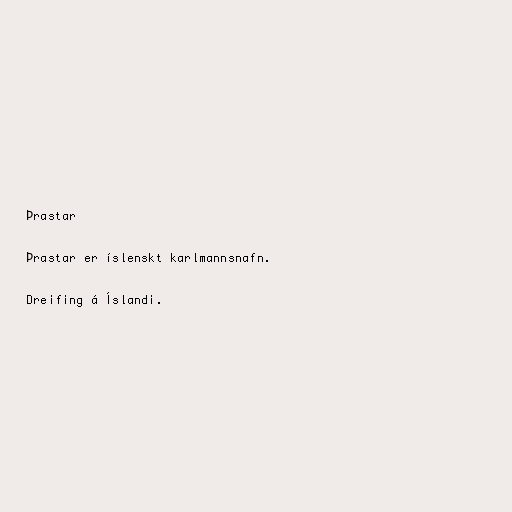
Þrastar

Þrastar er íslenskt karlmannsnafn.

Dreifing á Íslandi.